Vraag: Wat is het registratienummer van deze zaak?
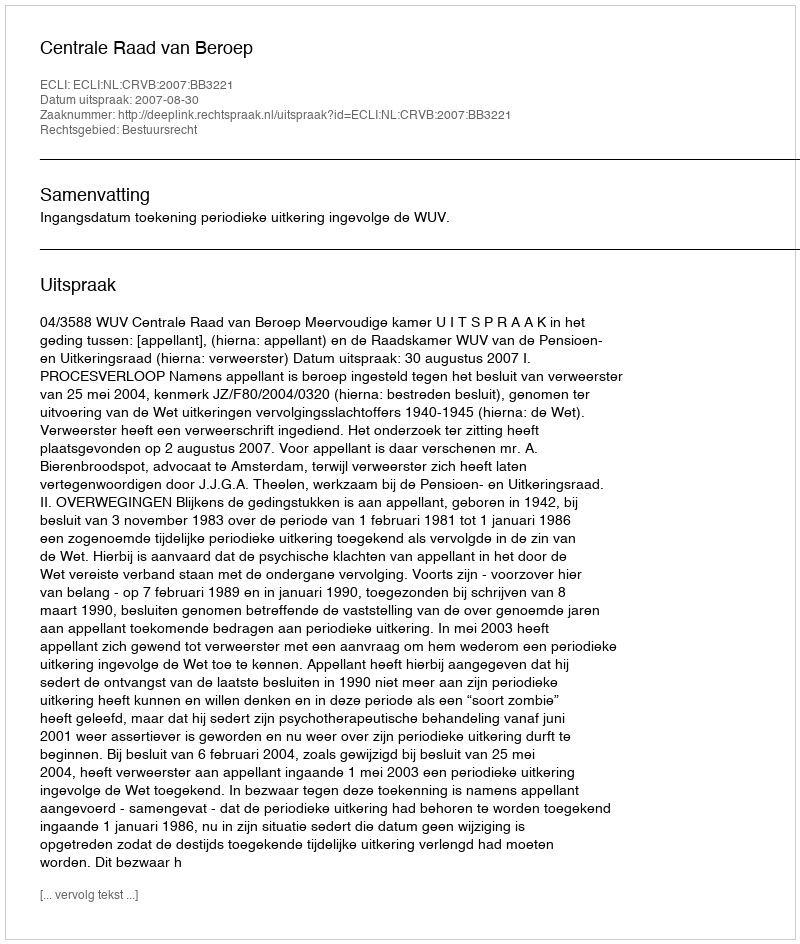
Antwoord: http://deeplink.rechtspraak.nl/uitspraak?id=ECLI:NL:CRVB:2007:BB3221